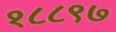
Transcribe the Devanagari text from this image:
१८८९७